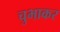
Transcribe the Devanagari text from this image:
चुभाकर